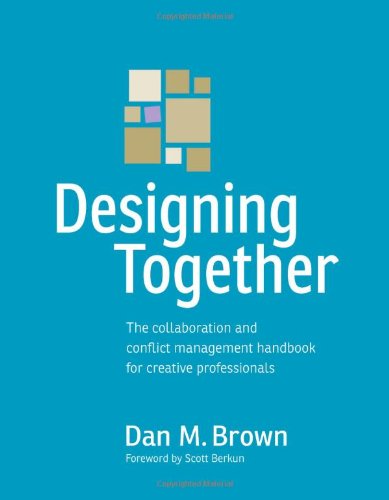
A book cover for Designing Together: The collaboration and conflict management handbook for creative professionals (Voices That Matter); Dan M. Brown; Computers & Technology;